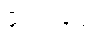
ဖိုးလပြည့်